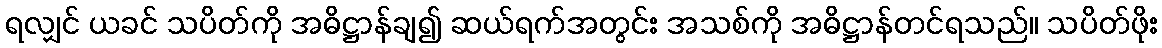
ရလျှင် ယခင် သပိတ်ကို အဓိဋ္ဌာန်ချ၍ ဆယ်ရက်အတွင်း အသစ်ကို အဓိဋ္ဌာန်တင်ရသည်။ သပိတ်ဖိုး